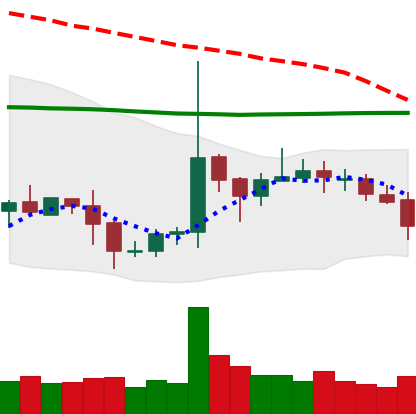
Ticker: EOS-USD
Chart end date: 2020-10-16
Forward return: 3.125%
Label: up_3_5